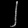
Digit: ၂